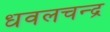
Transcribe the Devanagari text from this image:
धवलचन्द्र